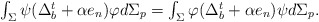
\begin{align*}\begin{array}{c}\int_{\Sigma }\psi (\Delta _{b}^{t}+\alpha e_{n})\varphi d\Sigma_{p}=\int_{\Sigma }\varphi (\Delta _{b}^{t}+\alpha e_{n})\psi d\Sigma _{p}.\end{array}\end{align*}